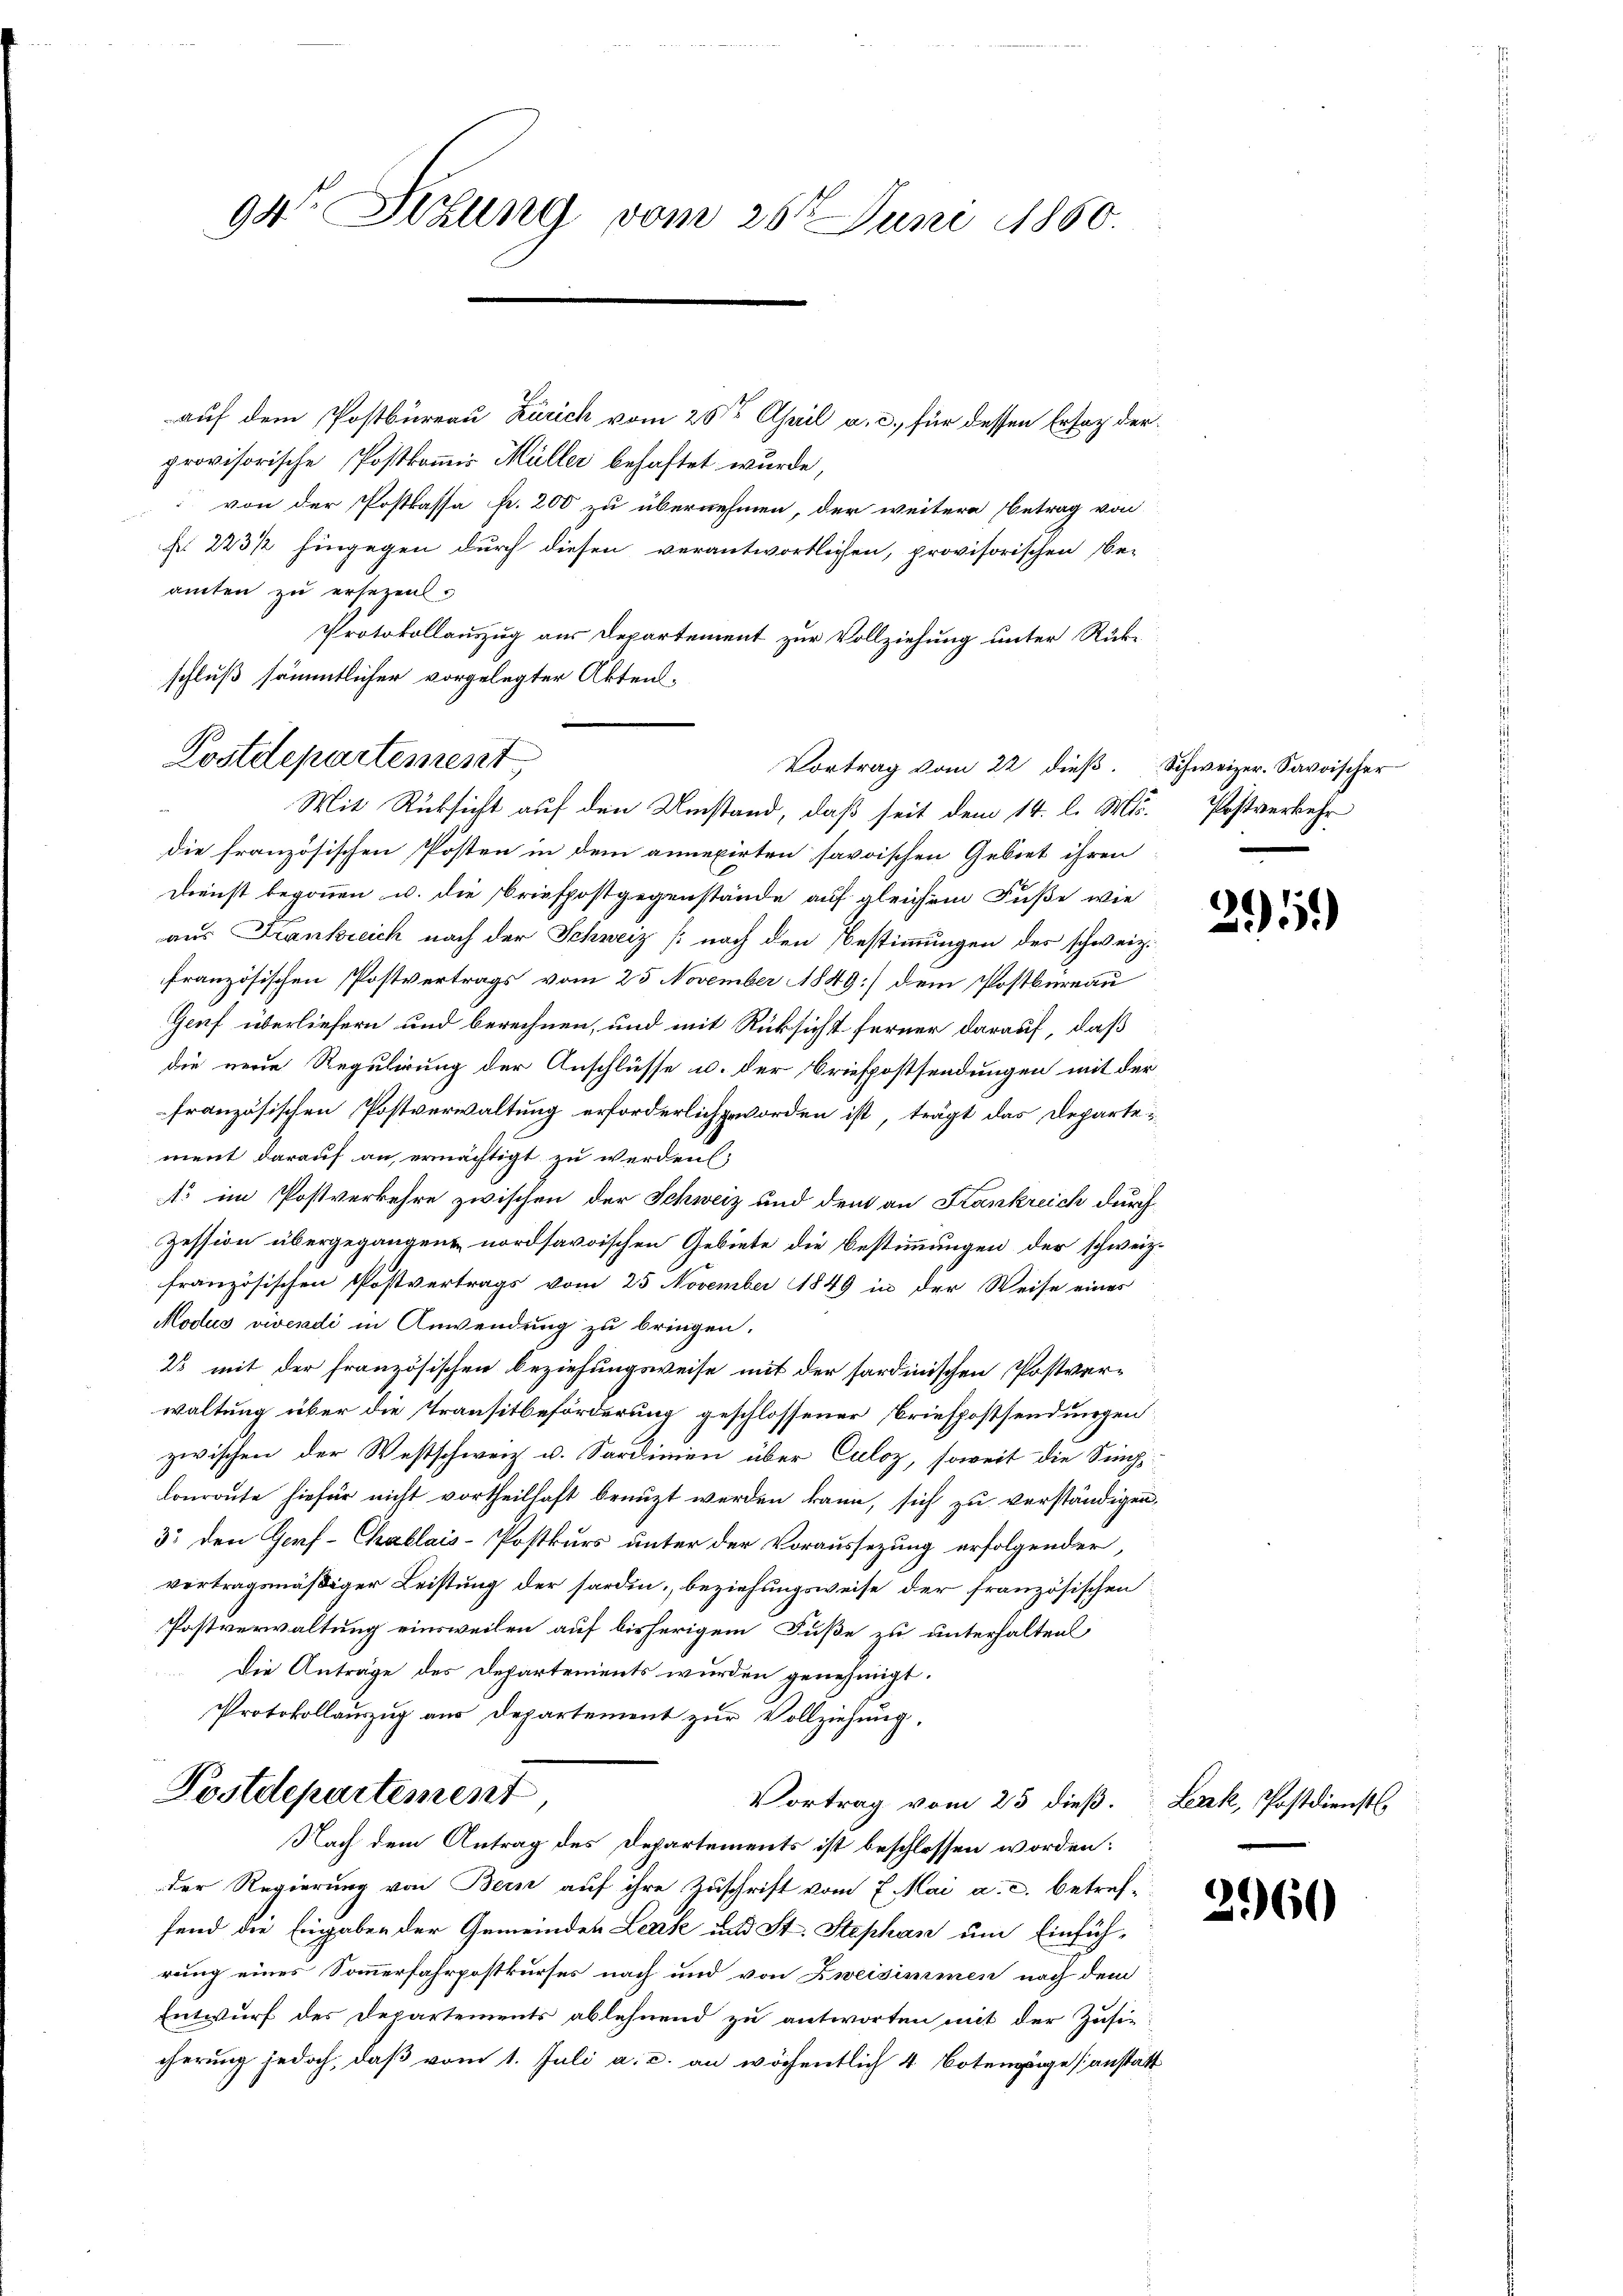
94 Sekung vom 26t Juni 1860.

auf dem Postbureau Zürich vom 25sten April a. c., für dessen Ersaz derprovisorische Postkomis Müller behaftet wurde,
 von der Postkassa fr. 200 zu übernehmen, der weitere Betrag von
f 223/2 hingegen durch diesen verantwortlichen, provisorischen Be-
amten zu ersezent.
Protokollauszug aus Departement zur Vollziehung unter Rück-
schluß sämmtlicher vorgelegter Aktens-
Vortrag vom 22 dieß.
die französischen Posten in dem annexirten savoischen Gebiet ihren
Dienst begonnen u. die Briefpostgegenstände auf gleichem Fuße wie
aus Frankreich nach der Schweiz (nach den Bestimmungen des schweiz.
französischen Postvertrags vom 25. November 1849] dem Postbureau
Genf überliefern und berechnen, und mit Rücksicht ferner darauf, daß
die neue Regulirung der Anschlüsse u. der Briefpostsendungen mit der
französischen Postverwaltung erforderlich geworden ist, trägt das Departei
ment darauf an, ernächtigt zu werden;
1 im Postverkehre zwischen der Schweiz und dem an Krankreich durch
Zession übergegangen nordsaroischen Gebiete die Bestimmungen der schweiz.
französischen Postvertrags vom 25. November 1849 in der Weise eines
Modus viendi in Anwendung zu bringen.
2 mit der französischen Beziehungsweise mit der sardinischen Postver-
waltung über die Transitbeförderung geschlossener Briefpostsendungen
zwischen der Westschweiz u. Sardinien über Culoz, soweit die Sing
Conroute hiefür nicht vortheilhaft benuzt werden kann, sich zu verständigen,
33 den Genf-Challais-Postkurs unter der Voraussezung erfolgender,
vertragsmäßiger Leistung der forden, beziehungsweise der französischen
Postverwaltung einsweilen auf bisherigem Fuße zu unterhalten
Die Anträge des Departements wurden genehmigt.
Protokollauszug aus Departement zur Vollziehung,
Postdepartement
Vortrag vom 25 dieß.
Nach dem Antrag des Departements ist beschlossen worden:
der Regierung von Bern auf ihre Zuschrift vom 7. Mai a. c. betreffend die Eingaben der Gemeinden Lenk und St. Stephan um Einfüh-
rung eines Sommerfahrpostkurses nach und von Zweisimmen nach dem
Entwurf der Departements ablehnend zu antworten mit der Zusi-
cherung jedoch, daß vom 1. Juli a. c. an wöchentlich 4 Botengänge (anstatt

Kostelepartement
Mit Rücksicht auf den Umstand, daß seit dem 14. l. M. Postverkehr

Schweizer. Savoischer

25.)

Leak, Postdienst.

2960